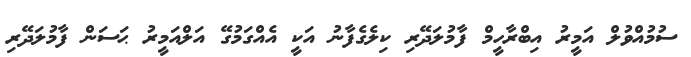
ސުމުއްވުލް އަމީރު އިބްރާހީމް ފާމުލަދޭރި ކިލެގެފާނު އަކީ އެއްގަމުގޭ އަލްއަމީރު ޙަސަން ފާމުލަދޭރި